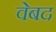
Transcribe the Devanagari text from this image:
वेबद